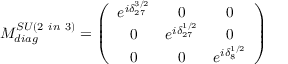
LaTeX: M _ { d i a g } ^ { S U ( 2 \mathrm { ~ } i n \mathrm { ~ } 3 ) } = \left( \begin{array} { c c c } { { e ^ { i \delta _ { 2 7 } ^ { 3 / 2 } } } } & { { 0 } } & { { 0 } } \\ { { 0 } } & { { e ^ { i \delta _ { 2 7 } ^ { 1 / 2 } } } } & { { 0 } } \\ { { 0 } } & { { 0 } } & { { e ^ { i \delta _ { 8 } ^ { 1 / 2 } } } } \end{array} \right)